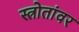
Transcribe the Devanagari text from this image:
स्त्रोतांवर